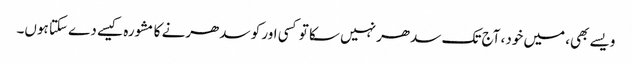
ویسے بھی، میں خود، آج تک سدھر نہیں سکا تو کسی اور کو سدھرنے کا مشورہ کیسے دے سکتا ہوں۔